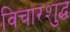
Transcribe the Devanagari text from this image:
विचारशुद्ध